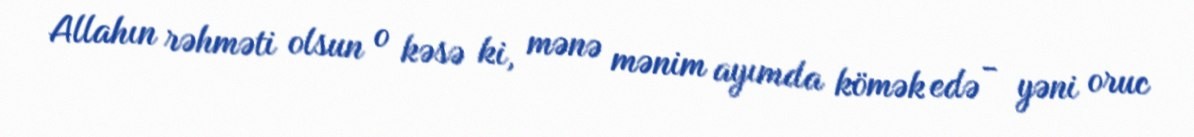
Allahın rəhməti olsun o kəsə ki, mənə mənim ayımda kömək edə - yəni oruc